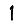
Digit: 1